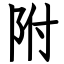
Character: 附